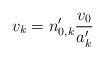
LaTeX: \begin{align*} v_k = n'_{0,k} \frac{v_0}{a'_k}\end{align*}